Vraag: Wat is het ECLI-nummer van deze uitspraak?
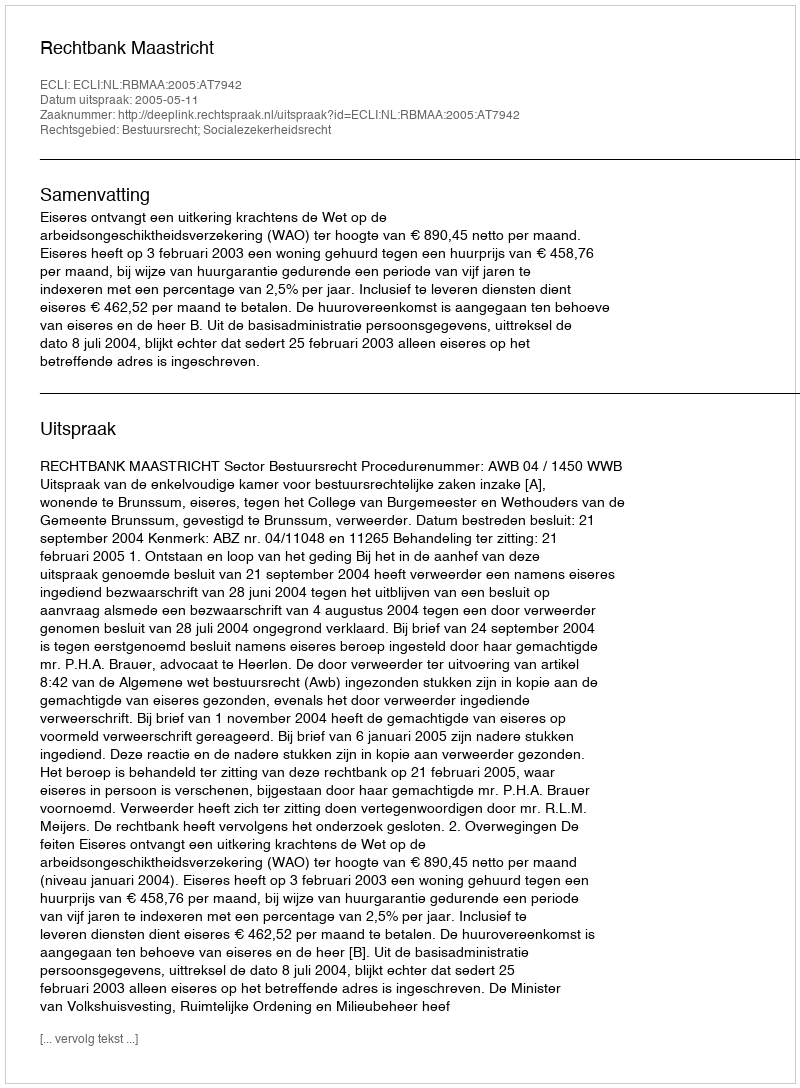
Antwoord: ECLI:NL:RBMAA:2005:AT7942